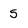
Character: 5